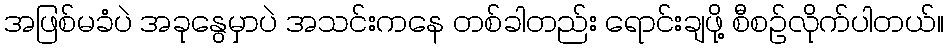
အဖြစ်မခံပဲ အခုနွေမှာပဲ အသင်းကနေ တစ်ခါတည်း ရောင်းချဖို့ စီစဉ်လိုက်ပါတယ်။